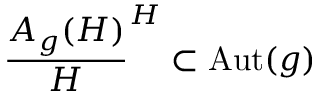
\frac { A _ { g } ( H ) } { H } \sp H \subset \mathrm { A u t } ( g )